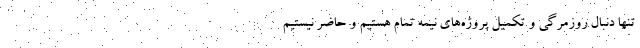
تنها دنبال روزمرگی و تکمیل پروژه‌های نیمه تمام هستیم و حاضر نیستیم